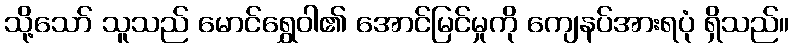
သို့သော် သူသည် မောင်ရွှေဝါ၏ အောင်မြင်မှုကို ကျေနပ်အားရပုံ ရှိသည်။